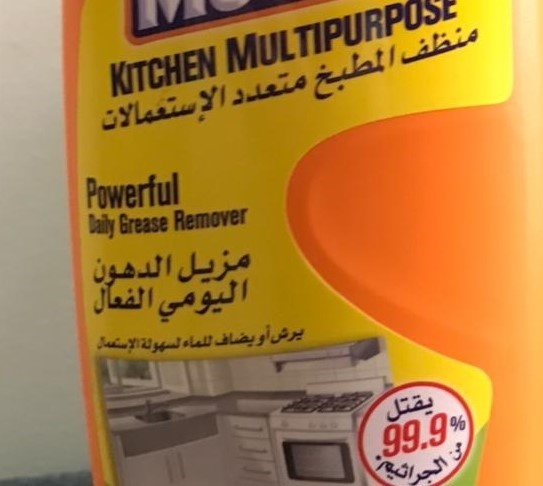
Text in image: منظف المطبخ متعدد الإستعمالات مزيل الدهون الفعال اليومي يقتل من الجراثيم MULTIPURPOSE KITCHEN Powerful Remover Grease Daily 99.9